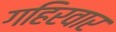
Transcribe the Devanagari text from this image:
गहिरवार